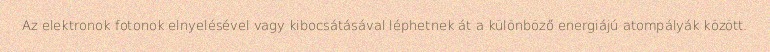
Az elektronok fotonok elnyelésével vagy kibocsátásával léphetnek át a különböző energiájú atompályák között.